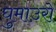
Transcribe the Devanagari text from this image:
घुमाउरो